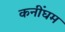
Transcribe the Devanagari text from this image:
कनींघम